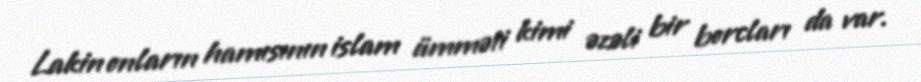
Lakin onların hamısının islam ümməti kimi əzəli bir borcları da var.